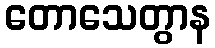
တောသေတွာန